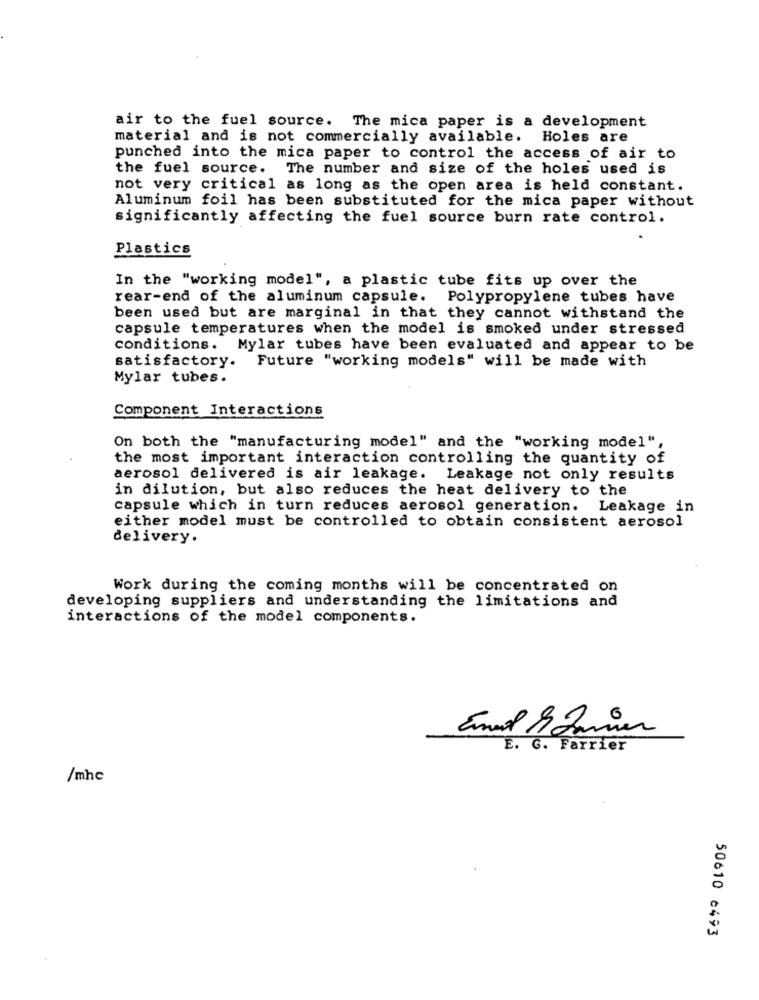
air to the fuel source. The mica paper is a development
material and is not commercially available. Holes are
punched into the mica paper to control the access of air to
the fuel source. The number and size of the holes used is
not very critical as long as the open area is held constant.
Aluminum foil has been substituted for the mica paper without
significantly affecting the fuel source burn rate control.
Plastics
In the "working model", a plastic tube fits up over the
rear-end of the aluminum capsule. Polypropylene tubes have
been used but are marginal in that they cannot withstand the
capsule temperatures when the model is smoked under stressed
conditions. Mylar tubes have been evaluated and appear to be
satisfactory. Future "working models" will be made with
Mylar tubes.
Component Interactions
On both the "manufacturing model" and the "working model",
the most important interaction controlling the quantity of
aerosol delivered is air leakage. Leakage not only results
in dilution, but also reduces the heat delivery to the
capsule which in turn reduces aerosol generation.
Leakage in
either model must be controlled to obtain consistent aerosol
delivery.
Work during the coming months will be concentrated on
developing suppliers and understanding the limitations and
interactions of the model components.
E. G. Farrier
/mhc
50610 0493